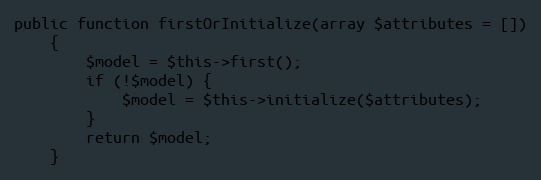
Language: PHP
public function firstOrInitialize(array $attributes = [])
    {
        $model = $this->first();
        if (!$model) {
            $model = $this->initialize($attributes);
        }
        return $model;
    }